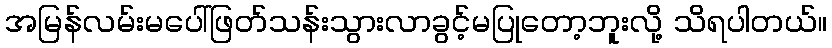
အမြန်လမ်းမပေါ်ဖြတ်သန်းသွားလာခွင့်မပြုတော့ဘူးလို့ သိရပါတယ်။